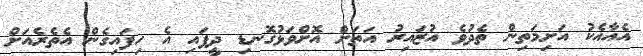
އެއާއެކު އަށިމަތިން ތެދުވެ އުޒައިރު އަތަށް އޮށްވަޅުގޮނޑި ދީފައި އެ ހިފައިގެން އެތެރެއަށް